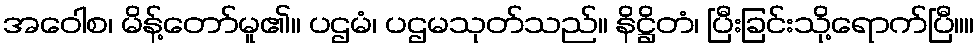
အဝေါစ၊ မိန့်တော်မူ၏။ ပဌမံ၊ ပဌမသုတ်သည်။ နိဋ္ဌိတံ၊ ပြီးခြင်းသို့ရောက်ပြီ။။